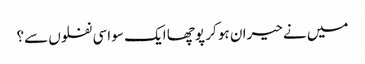
میں نے حیران ہو کر پوچھا ایک سو اسی نفلوں سے؟